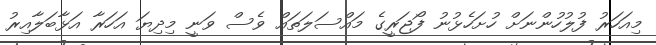
މިއަހަރު ފުލުހުންނަށް ހުށަހެޅުނު ފޯޖަރީގެ މައްސަލަތައް ވެސް ވަނީ މިދިޔަ އަހަރާ އަޅާބަލާއިރު